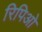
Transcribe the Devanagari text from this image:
रिपिओ